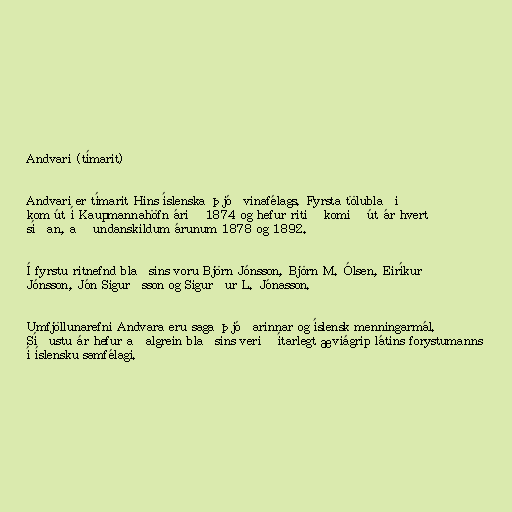
Andvari (tímarit)

Andvari er tímarit Hins íslenska þjóðvinafélags. Fyrsta tölublaðið
kom út í Kaupmannahöfn árið 1874 og hefur ritið komið út ár hvert
síðan, að undanskildum árunum 1878 og 1892.

Í fyrstu ritnefnd blaðsins voru Björn Jónsson, Björn M. Ólsen, Eiríkur
Jónsson, Jón Sigurðsson og Sigurður L. Jónasson.

Umfjöllunarefni Andvara eru saga þjóðarinnar og íslensk menningarmál.
Síðustu ár hefur aðalgrein blaðsins verið ítarlegt æviágrip látins forystumanns
í íslensku samfélagi.